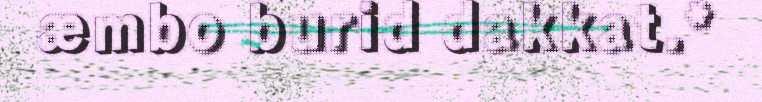
æmbo burid dakkat.*